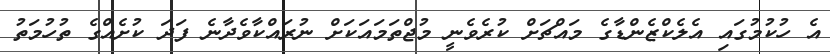
އެ ހުކުމުގައި އެލެކްޒެންޑާގެ މައްޗަށް ކުރެވެނީ މުޖްތަމައަކަށް ނުރައްކާވެދާނެ ފަދަ ކުށެއްގެ ތުހުމަތު